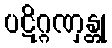
ပဋိဂ္ဂဏှန္တု